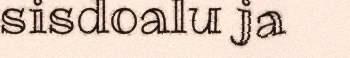
sisdoalu ja